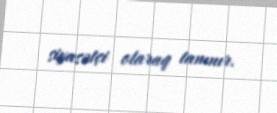
siyasətçi olaraq tanınır.